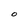
Character: O